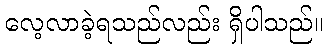
လေ့လာခဲ့ရသည်လည်း ရှိပါသည်။